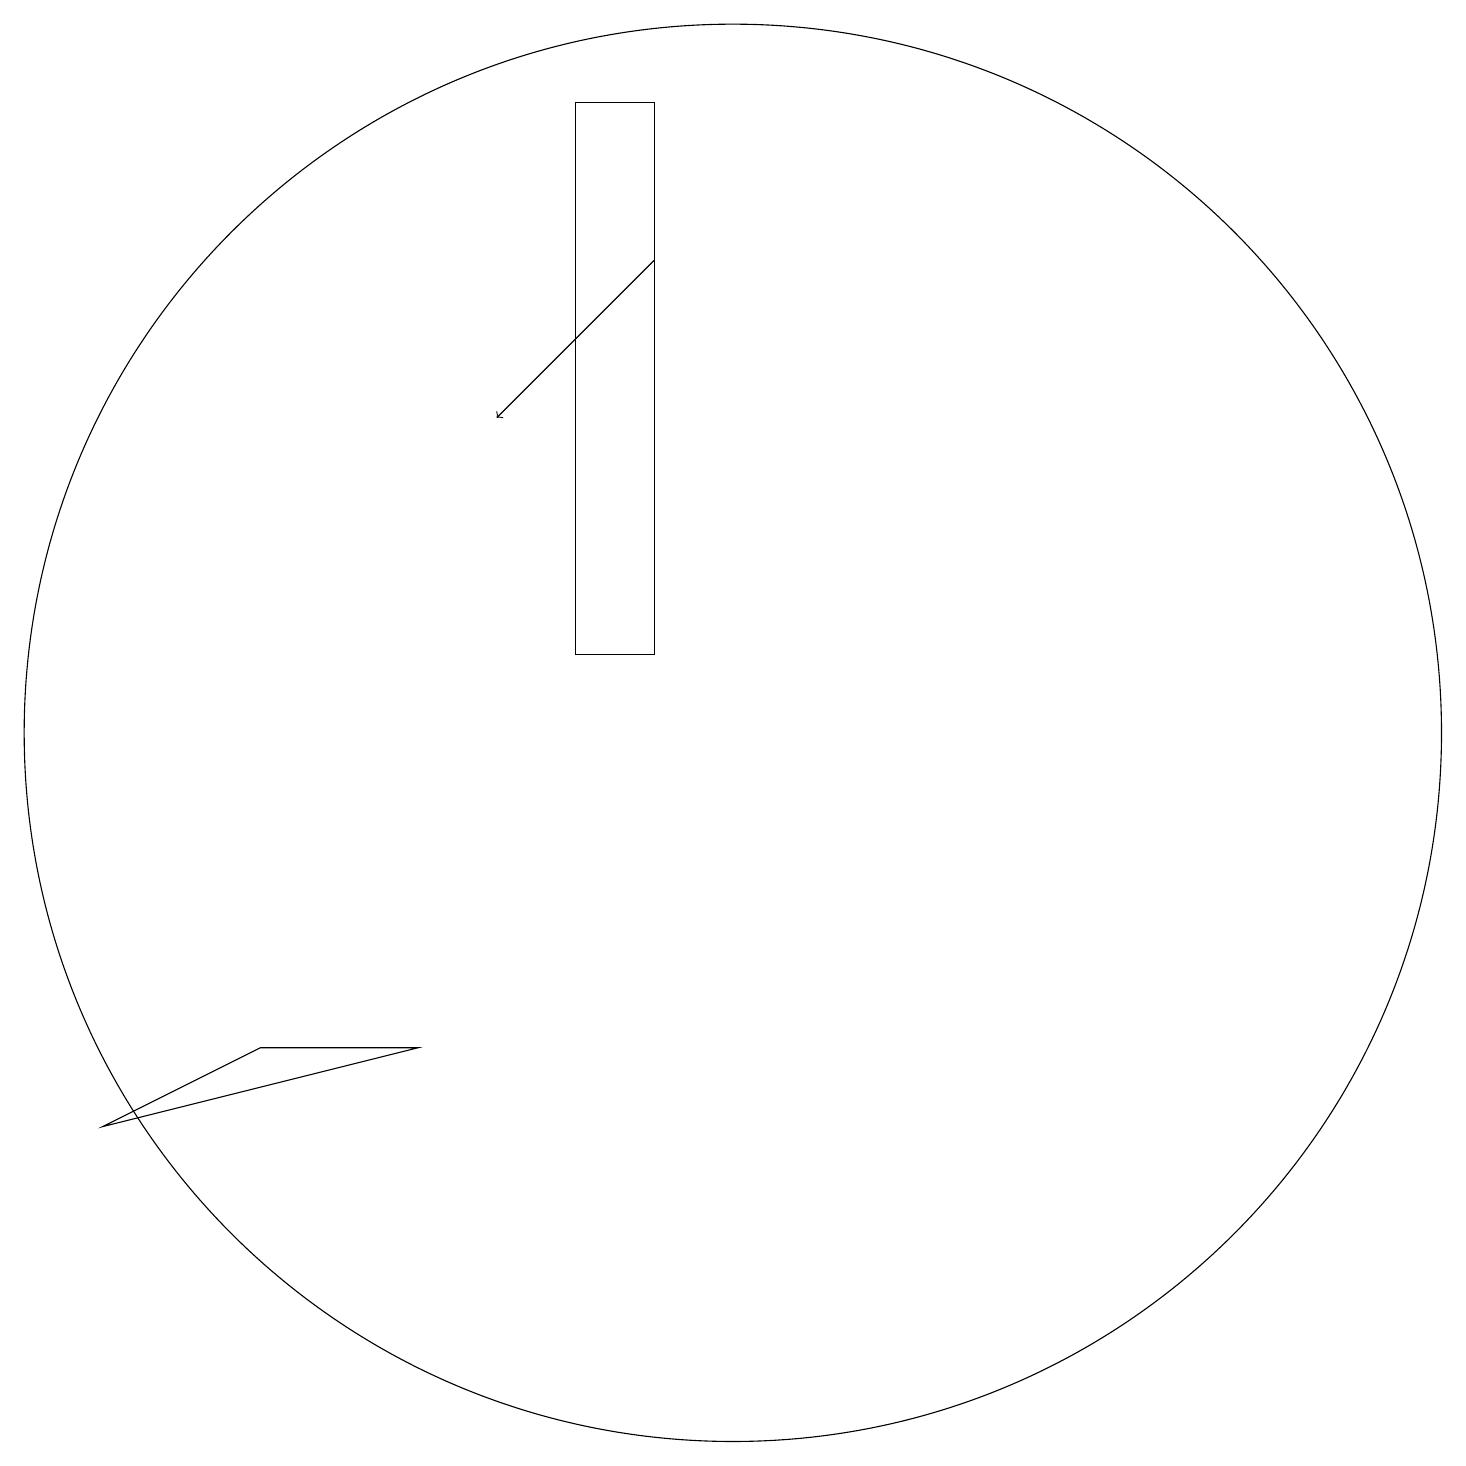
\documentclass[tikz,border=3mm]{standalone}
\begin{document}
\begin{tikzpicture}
\draw (10,10) circle (9);
\draw (8,11) rectangle (9,18);
\draw (4,6) -- (2,5) -- (6,6) -- cycle;
\draw[->] (9,16) -- (7,14);
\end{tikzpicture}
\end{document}